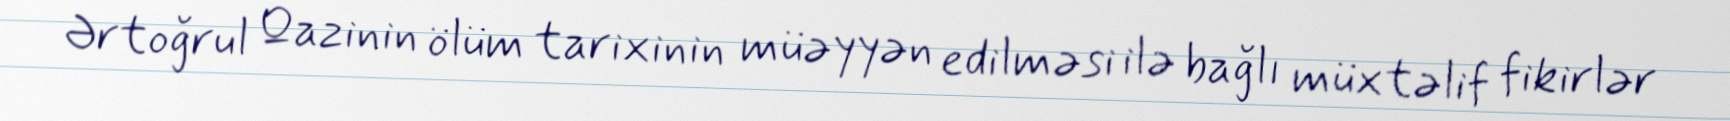
Ərtoğrul Qazinin ölüm tarixinin müəyyən edilməsi ilə bağlı müxtəlif fikirlər